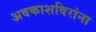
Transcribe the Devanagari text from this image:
अवकाशविरांना